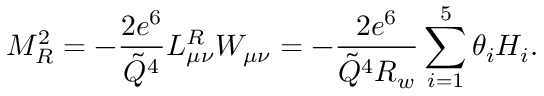
M _ { R } ^ { 2 } = - { \frac { 2 e ^ { 6 } } { \tilde { Q } ^ { 4 } } } L _ { \mu \nu } ^ { R } W _ { \mu \nu } = - { \frac { 2 e ^ { 6 } } { \tilde { Q } ^ { 4 } R _ { w } } } \sum _ { i = 1 } ^ { 5 } \theta _ { i } { \cal H } _ { i } .